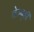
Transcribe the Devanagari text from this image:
नेउबुही